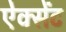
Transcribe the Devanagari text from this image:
ऐक्सेंट